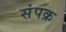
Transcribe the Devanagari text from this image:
संपक्र